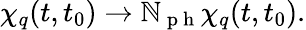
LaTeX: \chi_{q}(t,t_{0})\to\mathbb{N}_{\mathrm{{~p~h~}}}\chi_{q}(t,t_{0}).